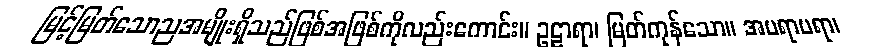
မြင့်မြတ်သောညအမျိုးရှိသည်ဖြစ်အဖြစ်ကိုလည်းကောင်း။ ဥဠာရာ၊ မြတ်ကုန်သော။ အပရာပရာ၊